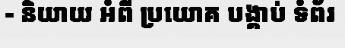
- និយាយ អំពី ប្រយោគ បង្គាប់ ទំព័រ